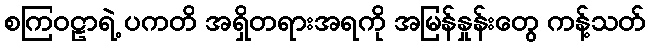
စကြဝဠာရဲ့ ပကတိ အရှိတရားအရကို အမြန်နှုန်းတွေ ကန့်သတ်